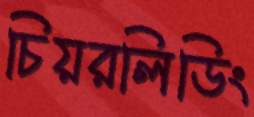
চিয়রলিডিং